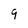
Character: 9